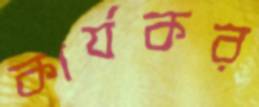
কার্যকর